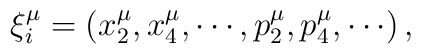
\xi_{i}^{\mu}=\left( x_{2}^{\mu},x_{4}^{\mu},\cdots,p_{2}^{\mu},p_{4}^{\mu},\cdots\right) ,